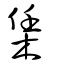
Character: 栠